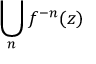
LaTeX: \bigcup _ { n } f ^ { - n } ( z )